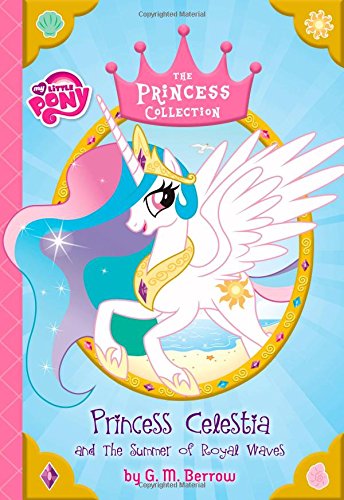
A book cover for My Little Pony:  Princess Celestia and the Summer of Royal Waves (The Princess Collection); G. M. Berrow; Children's Books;